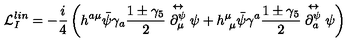
\mathcal { L } _ { I } ^ { l i n } = - \frac { i } { 4 } \left( h ^ { a \mu } \bar { \psi } \gamma _ { a } \frac { 1 \pm \gamma _ { 5 } } { 2 } \stackrel { \leftrightarrow } { \partial _ { \mu } ^ { \psi } } \psi + h _ { \ \mu } ^ { \mu } \bar { \psi } \gamma ^ { a } \frac { 1 \pm \gamma _ { 5 } } { 2 } \stackrel { \leftrightarrow } { \partial _ { a } ^ { \psi } } \psi \right)